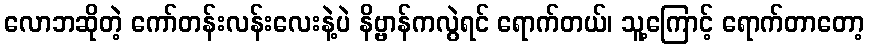
လောဘဆိုတဲ့ ကော်တန်းလန်းလေးနဲ့ပဲ နိဗ္ဗာန်ကလွဲရင် ရောက်တယ်၊ သူ့ကြောင့် ရောက်တာတော့